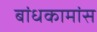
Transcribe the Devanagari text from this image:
बांधकामांस